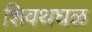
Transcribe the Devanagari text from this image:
शिवथघळ